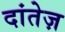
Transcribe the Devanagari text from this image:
दांतेज़